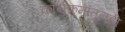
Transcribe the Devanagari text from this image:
कार्यक्रमांतूनही